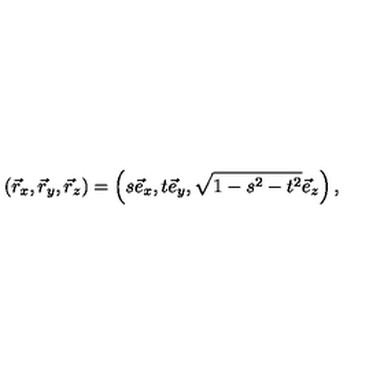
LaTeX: \left( \vec { r } _ { x } , \vec { r } _ { y } , \vec { r } _ { z } \right) = \left( s \vec { e } _ { x } , t \vec { e } _ { y } , \sqrt { 1 - s ^ { 2 } - t ^ { 2 } } \vec { e } _ { z } \right) ,